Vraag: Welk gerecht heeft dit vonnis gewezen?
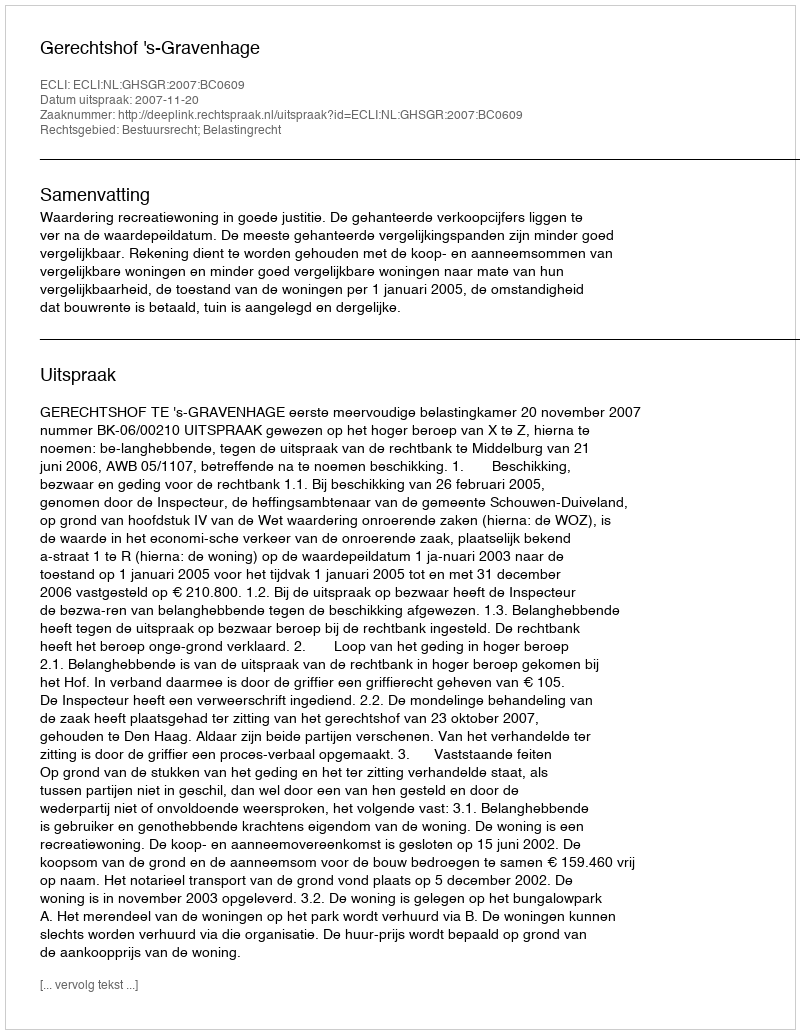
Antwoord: Gerechtshof 's-Gravenhage